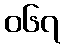
၀၆၇